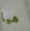
هيا